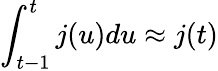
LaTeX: \int_{t-1}^{t}j(u)du\approx j(t)